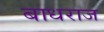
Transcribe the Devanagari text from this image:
बाधराज